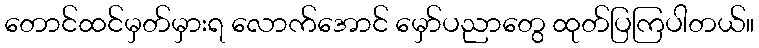
တောင်ထင်မှတ်မှားရ လောက်အောင် မှော်ပညာတွေ ထုတ်ပြကြပါတယ်။